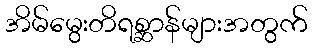
အိမ်မွေးတိရစ္ဆာန်များအတွက်